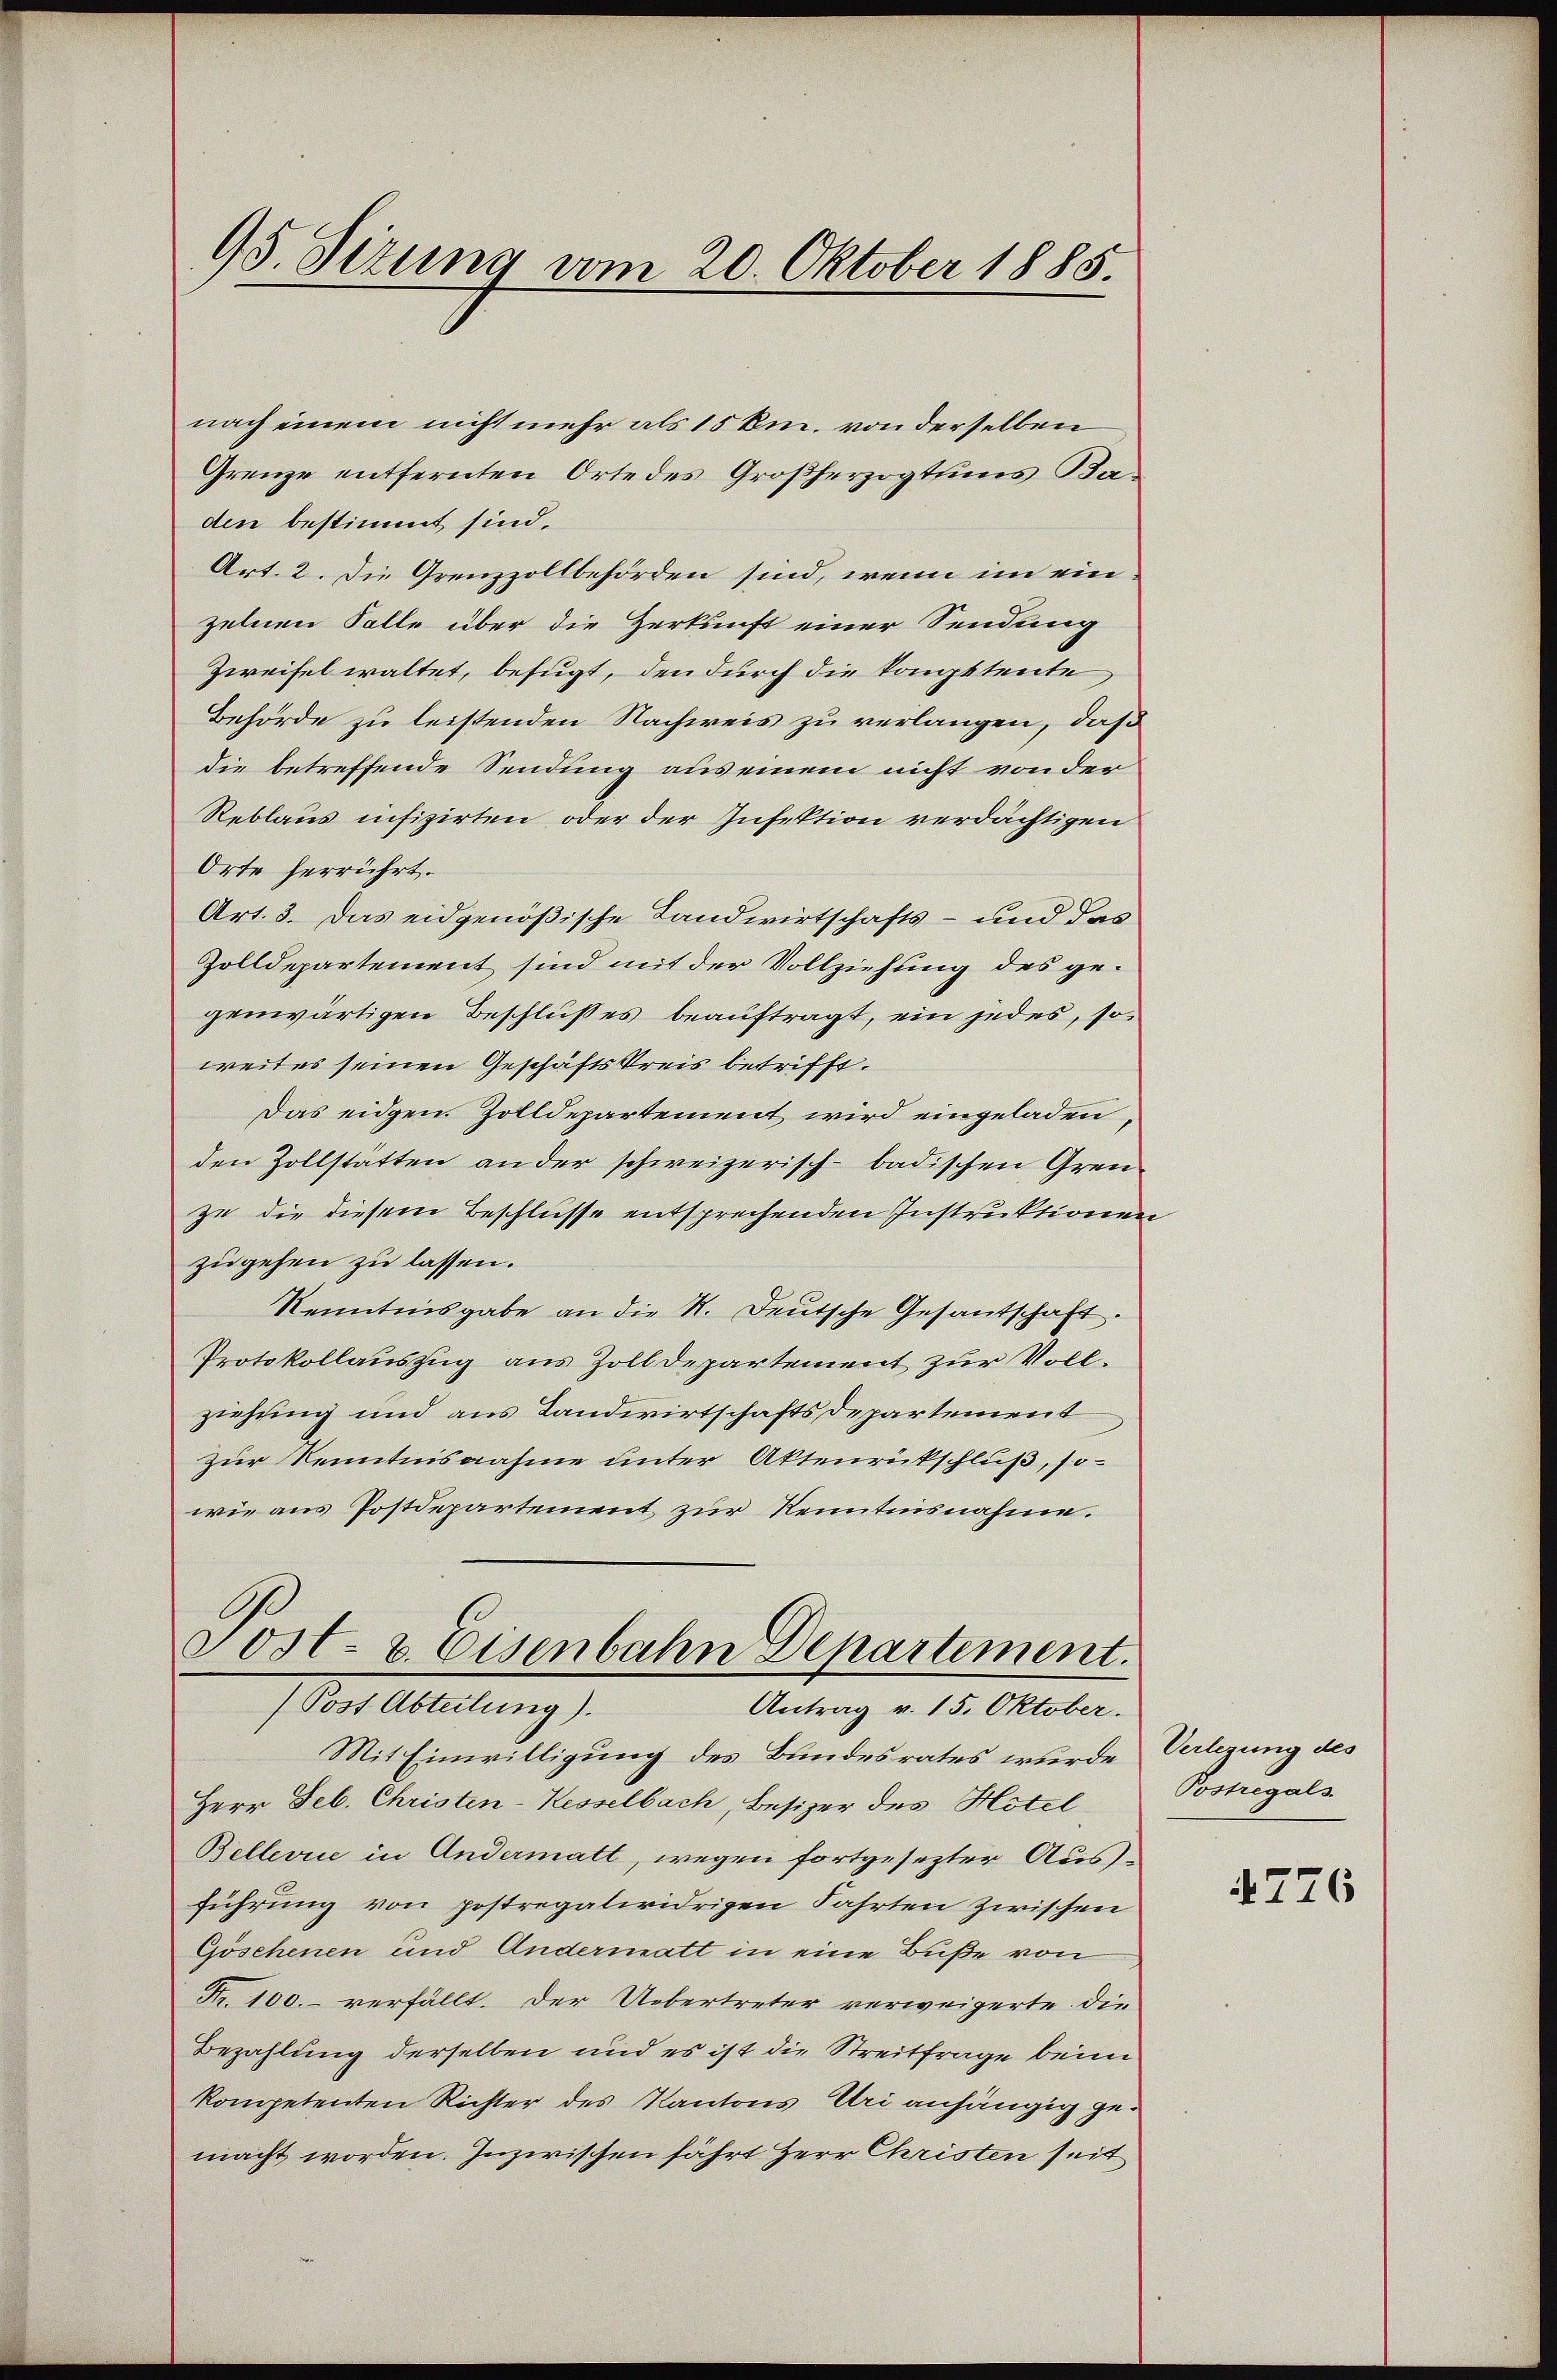
95. Sizung vom 20. Oktober 1885.

nach einem nicht mehr als 15 km. von derselben
Grenze entfernten Orte des Großherzogtums Baden bestimmt sind.
Art. 2. Die Grenzzollbehörden sind, wenn im einzelnen Falle über die Zerkunft einer Sendung
Zweifel waltet, befugt, den durch die kompetente
Behörde zu leistenden Nachweis zu verlangen, daß
die betreffende Sendung aus einem nicht von der
Reblaus infizirten oder der Infektion verdächtigen
Orte herrührt.
Art. 3. Das eidgenößische Landwirtschafts- und das
Zolldepartement sind mit der Vollziehung des gegenwärtigen Beschlußes beauftragt, ein jedes, so
weites seinen Geschäftskreis betrifft.
Das eidgen. Zolldepartement wird eingeladen,
den Zollstätten an der schweizerisch-badischen Grenzu die diesem Beschlusse entsprechenden Instruktionen
zugehen zu lassen.
Kenntnisgabe an die N. Deutsche Gesantschaft.
Protokollauszug aus Zolldepartement zur Vollziehung und aus Landwirtschaftsdepartement
zur Kenntnisnahme unter Aktenrütschluß, so-
wie aus Postdepartement zur Kenntnisnahme.

Mit Einwilligung des Bundesrates wurde
Herr Feb. Christen-Kesselbach, Besizer des Hotel
Bellerie in Andermatt, wegen fortgesezter Ausführung von postregatiridrigen Fahrten zwischen
Göschenen und Andermatt in eine Buße von
Fr. 100. verfällt. Der Uebertreter verweigerte die
Bezahlung derselben und es ist die Streitfrage beim
kompetenten Richter des Kantons Uri anhängig gemacht worden. Inzwischen fährt Herr Christen seit

Sost- u. Eisenbahn Departement.
(Post Abteilung).
Antrag v. 15. Oktober.

Verlegung des
Postregals

4776